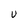
Character: v